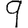
Digit: 9